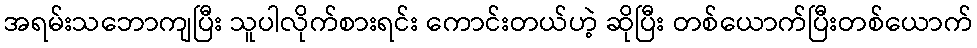
အရမ်းသဘောကျပြီး သူပါလိုက်စားရင်း ကောင်းတယ်ဟဲ့ ဆိုပြီး တစ်ယောက်ပြီးတစ်ယောက်